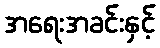
အရေးအခင်းနှင့်